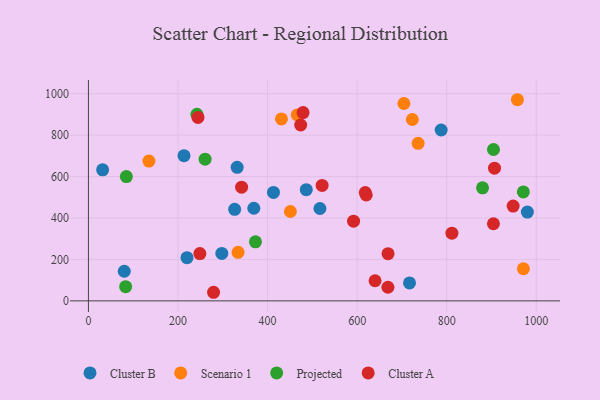
{"axis": {"x": "Engine Size", "y": "Yield"}, "legend": ["Cluster A", "Cluster B", "Projected", "Scenario 1"], "data": [{"x": "297.8", "y": 229.1, "type": "Cluster B"}, {"x": "486.4", "y": 537.0, "type": "Cluster B"}, {"x": "787.6", "y": 824.9, "type": "Cluster B"}, {"x": "220.1", "y": 208.4, "type": "Cluster B"}, {"x": "716.9", "y": 86.8, "type": "Cluster B"}, {"x": "516.9", "y": 445.8, "type": "Cluster B"}, {"x": "980.1", "y": 428.7, "type": "Cluster B"}, {"x": "31.7", "y": 632.8, "type": "Cluster B"}, {"x": "369.3", "y": 447.0, "type": "Cluster B"}, {"x": "413.2", "y": 523.6, "type": "Cluster B"}, {"x": "80.0", "y": 143.1, "type": "Cluster B"}, {"x": "332.1", "y": 644.6, "type": "Cluster B"}, {"x": "213.4", "y": 701.1, "type": "Cluster B"}, {"x": "326.5", "y": 441.7, "type": "Cluster B"}, {"x": "723.2", "y": 875.5, "type": "Scenario 1"}, {"x": "334.1", "y": 234.3, "type": "Scenario 1"}, {"x": "450.9", "y": 431.5, "type": "Scenario 1"}, {"x": "704.4", "y": 952.8, "type": "Scenario 1"}, {"x": "971.2", "y": 155.0, "type": "Scenario 1"}, {"x": "736.1", "y": 760.6, "type": "Scenario 1"}, {"x": "431.0", "y": 878.2, "type": "Scenario 1"}, {"x": "957.9", "y": 971.0, "type": "Scenario 1"}, {"x": "135.1", "y": 675.0, "type": "Scenario 1"}, {"x": "466.2", "y": 897.5, "type": "Scenario 1"}, {"x": "372.9", "y": 285.0, "type": "Projected"}, {"x": "880.0", "y": 545.7, "type": "Projected"}, {"x": "904.4", "y": 730.8, "type": "Projected"}, {"x": "971.1", "y": 525.7, "type": "Projected"}, {"x": "260.5", "y": 683.8, "type": "Projected"}, {"x": "83.1", "y": 68.6, "type": "Projected"}, {"x": "242.2", "y": 900.9, "type": "Projected"}, {"x": "84.7", "y": 600.2, "type": "Projected"}, {"x": "279.4", "y": 41.5, "type": "Cluster A"}, {"x": "521.8", "y": 557.1, "type": "Cluster A"}, {"x": "342.0", "y": 548.9, "type": "Cluster A"}, {"x": "248.8", "y": 228.3, "type": "Cluster A"}, {"x": "640.0", "y": 97.1, "type": "Cluster A"}, {"x": "592.0", "y": 384.7, "type": "Cluster A"}, {"x": "244.6", "y": 885.7, "type": "Cluster A"}, {"x": "620.3", "y": 511.6, "type": "Cluster A"}, {"x": "473.9", "y": 849.1, "type": "Cluster A"}, {"x": "668.7", "y": 65.7, "type": "Cluster A"}, {"x": "669.0", "y": 227.6, "type": "Cluster A"}, {"x": "479.2", "y": 909.1, "type": "Cluster A"}, {"x": "618.2", "y": 522.6, "type": "Cluster A"}, {"x": "906.7", "y": 640.4, "type": "Cluster A"}, {"x": "811.6", "y": 326.9, "type": "Cluster A"}, {"x": "948.3", "y": 457.7, "type": "Cluster A"}, {"x": "904.3", "y": 372.2, "type": "Cluster A"}]}